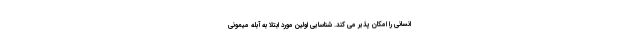
انسانی را امکان پذیر می کند. شناسایی اولین مورد ابتلا به آبله میمونی